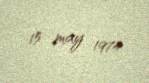
15 may 1974